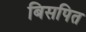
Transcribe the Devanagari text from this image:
बिसपित